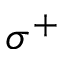
\sigma ^ { + }